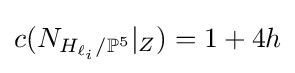
c(N_{H_{\ell _{i}}/\mathbb {P} ^{5}}|_{Z})=1+4h